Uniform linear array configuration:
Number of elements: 4
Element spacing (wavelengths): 0.25
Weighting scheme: uniform
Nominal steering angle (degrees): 0
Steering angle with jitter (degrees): -1.982
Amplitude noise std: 0.05
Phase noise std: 0.05

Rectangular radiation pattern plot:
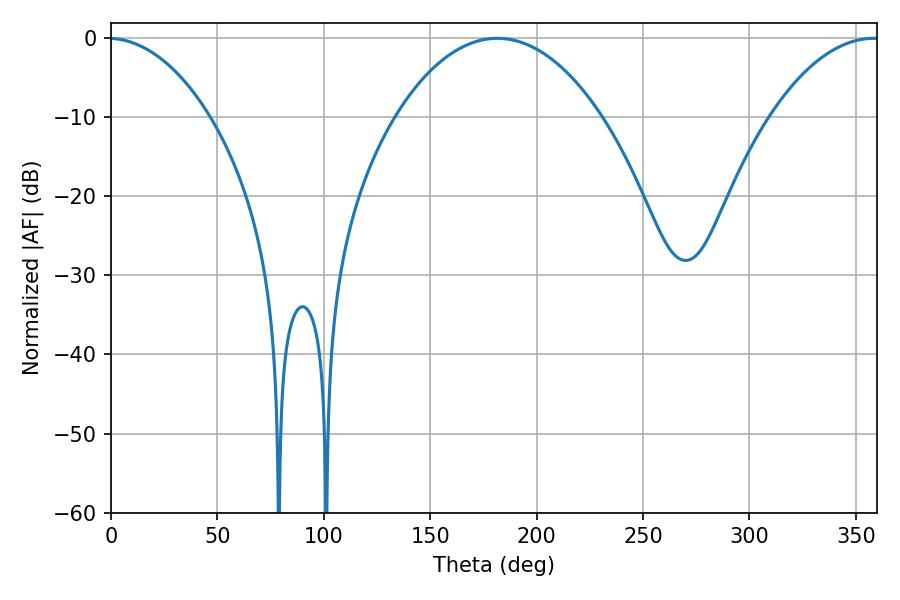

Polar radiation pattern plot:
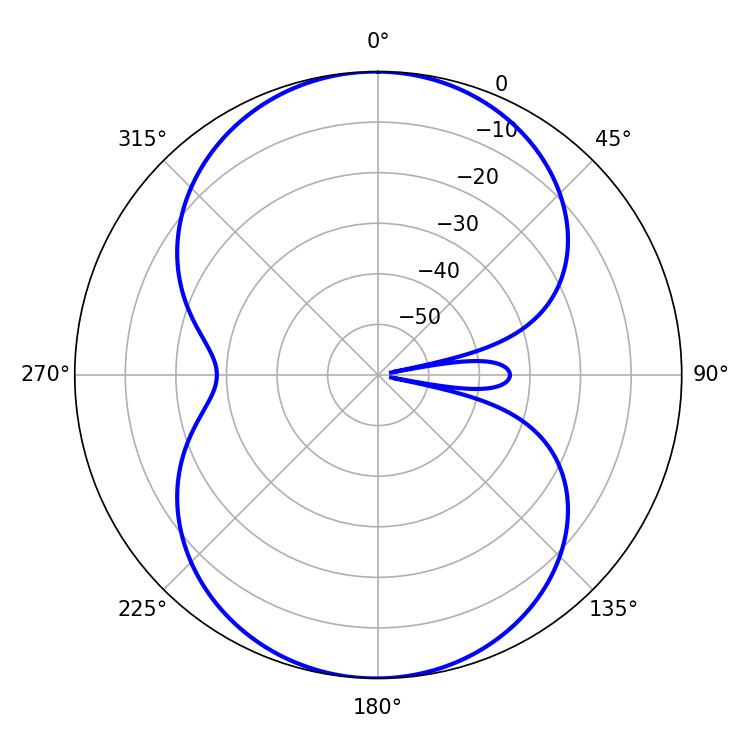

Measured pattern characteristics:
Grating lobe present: FALSE
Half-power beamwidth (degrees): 54.18
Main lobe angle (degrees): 181.62